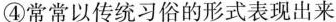
④常常以传统习俗的形式表现出来